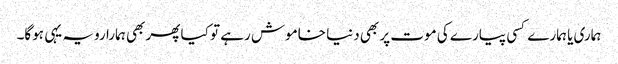
ہماری یا ہمارے کسی پیارے کی موت پر بھی دنیا خاموش رہے تو کیا پھر بھی ہمارا رویہ یہی ہوگا۔